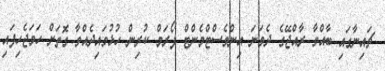
ޗައިނާގައި ބާއްވާ ރާއްޖޭގެ ދެވަނަ އިންވެސްޓްމެންޓް ފޯރަމް ކުރިން ހުޅުވައިދެއްވާ ގޮތަށް ހަމަޖެހިފައި